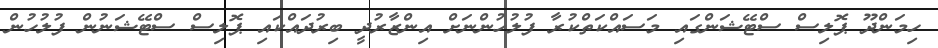
ހިމަންދޫ ޕޮލިސް ސްޓޭޝަންގައި މަސައްކަތްކުރާ ފުލުހުންނަށް އިންޒާރުދީ ބިރުދައްކައި ޕޮލިސް ސްޓޭޝަނުން ފުލުހުން